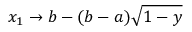
x _ { 1 } \to b - ( b - a ) \sqrt { 1 - y }